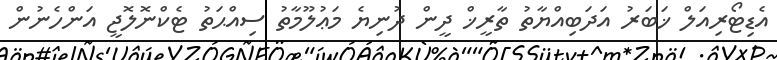
އެޑިޓޯރިއަލް ޚަބަރު އަދަބިއްޔާތު ތާރީޚް ދީން ދުނިޔެ މަޢުލޫމާތު ސިއްޙަތު ޓެކްނޮލޮޖީ އަންހެނުން